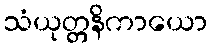
သံယုတ္တနိကာယော